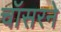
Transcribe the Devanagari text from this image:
चॉसरने